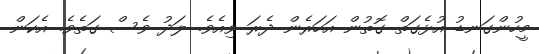
މީހުންގަނޑު އުޅެގަތް ގޮތުން އަހަރެން ދެރަ ވިއެވެ. ލަދު ވެސް ގަތެވެ. އެކަން